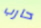
حارب